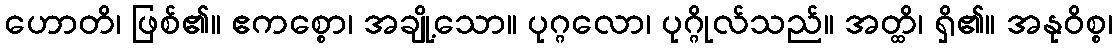
ဟောတိ၊ ဖြစ်၏။ ဧကစ္စော၊ အချို့သော။ ပုဂ္ဂလော၊ ပုဂ္ဂိုလ်သည်။ အတ္ထိ၊ ရှိ၏။ အနုဝိစ္စ၊